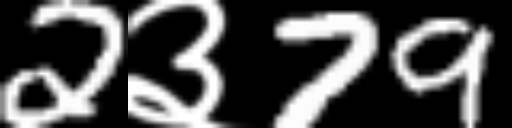
Text: 2३79